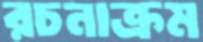
রচনাক্রম